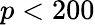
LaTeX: p<200